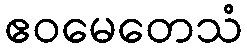
ဧဝမေတေသံ